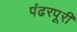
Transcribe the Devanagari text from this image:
पंढरपूरी